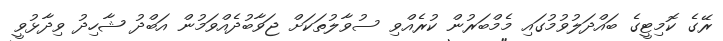
ރޭގެ ކޮމިޓީގެ ބައްދަލުވުމުގައި މެމްބަރުން ކުރެއްވި ސުވާލުތަކަށް ޖަވާބުދެއްވަމުން އަބްދު ޝާހިދު ވިދާޅުވީ